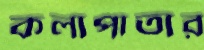
কলাপাতার